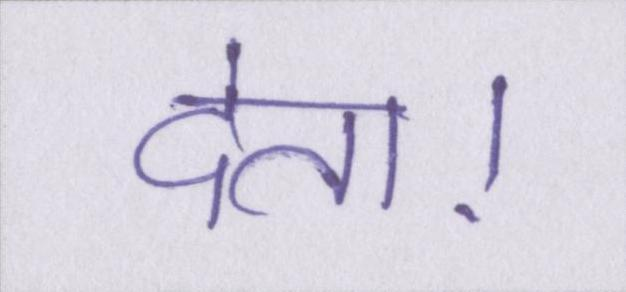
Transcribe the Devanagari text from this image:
देता।